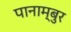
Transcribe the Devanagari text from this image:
पानाम्बुर